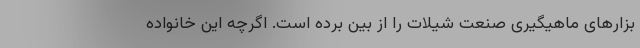
بزارهای ماهیگیری صنعت شیلات را از بین برده است. اگرچه این خانواده